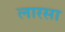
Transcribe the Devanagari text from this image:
लारसा